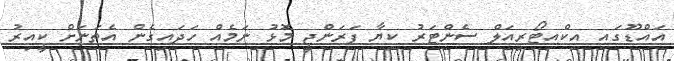
އައްޑޫގައި އިކްއިޓޯރިއަލް ސެންޓަރު ކިޔާ ފަރަންޖީ މޮޅު ނަމެއް ހަދައިގެން އެތަނަށް ކީއިރު